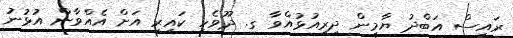
ރައީސް އަބްދު ޔާމީން ދިރިއުޅުއްވާ ގ. ދޫވެހި ކައިރި އަށް އެއްވާން އުޅުނު